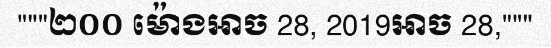
"""២០០ ម៉ោងអាច 28, 2019អាច 28,"""